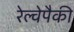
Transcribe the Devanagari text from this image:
रेल्वेपैकी